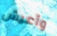
وأعيش